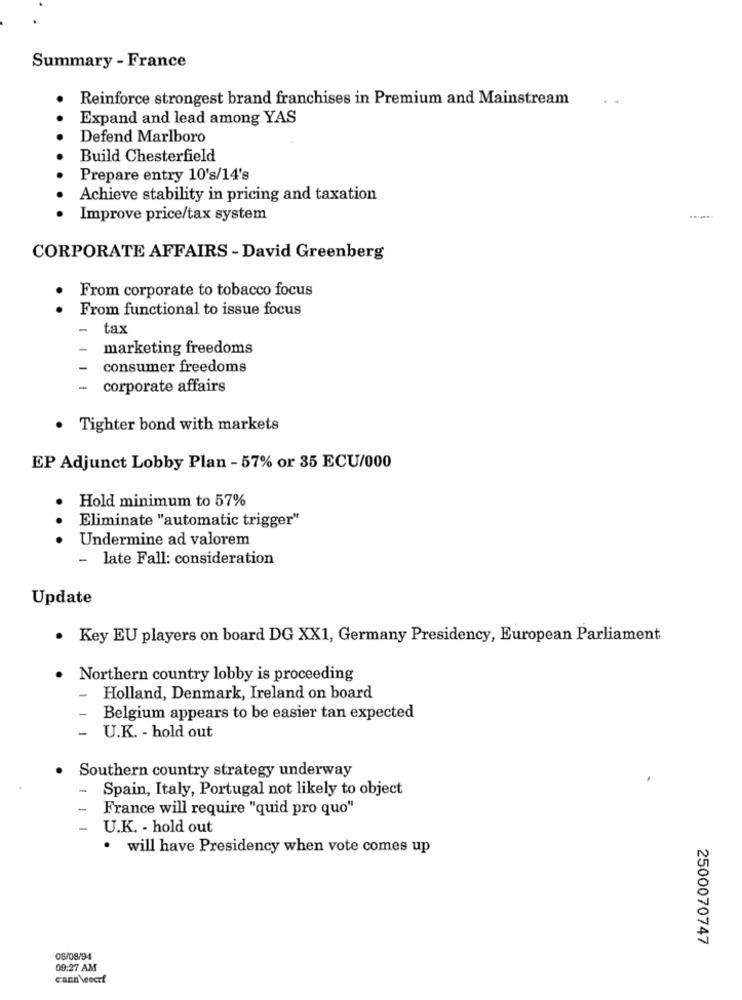
Summary - France
Reinforce strongest brand franchises in Premium and Mainstream
. .
Expand and lead among YAS
Defend Marlboro
Build Chesterfield
Prepare entry 10's/14's
Achieve stability in pricing and taxation
Improve price/tax system
CORPORATE AFFAIRS - David Greenberg
From corporate to tobacco focus
From functional to issue focus
-
tax
marketing freedoms
consumer freedoms
-
corporate affairs
Tighter bond with markets
EP Adjunct Lobby Plan - 57% or 35 ECU/000
Hold minimum to 57%
Eliminate "automatic trigger"
.
Undermine ad valorem
- late Fall: consideration
Update
. Key EU players on board DG XX1, Germany Presidency, European Parliament
Northern country lobby is proceeding
-
Holland, Denmark, Ireland on board
-
Belgium appears to be easier tan expected
- U.K. - hold out
Southern country strategy underway
-
Spain, Italy, Portugal not likely to object
-
France will require "quid pro quo"
-
U.K. - hold out
· will have Presidency when vote comes up
2500070747
08/08/94
09:27 AM
cann veocrf